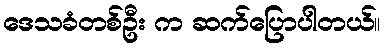
ဒေသခံတစ်ဦး က ဆက်ပြောပါတယ်။